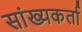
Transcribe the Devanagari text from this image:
सांख्यकर्ता